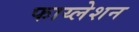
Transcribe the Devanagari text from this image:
फाय्लेशन